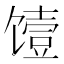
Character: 𮩞